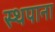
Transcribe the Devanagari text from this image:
स्थपाना